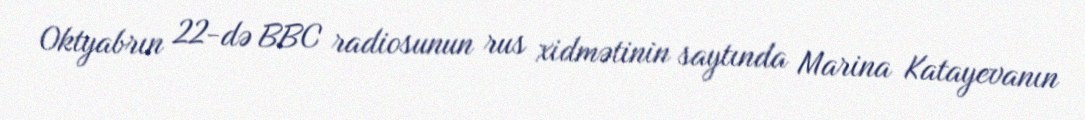
Oktyabrın 22-də BBC radiosunun rus xidmətinin saytında Marina Katayevanın